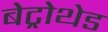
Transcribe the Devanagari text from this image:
बेट्रोथेड